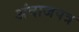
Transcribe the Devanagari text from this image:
अंदाजपत्र